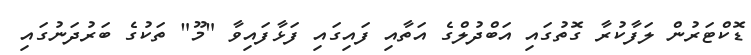
ޑޮކްޓަރުން ލަފާކުރާ ގޮތުގައި އަބްދުލްގެ އަތާއި ފައިގައި ފަޅާފައިވާ "މޫ" ތަކުގެ ބަރުދަނުގައި